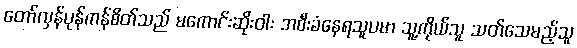
တော်လှန်ပုန်ကန်စိတ်သည် မကောင်းဆိုးဝါး အစီးခံနေရသူပမာ သူ့ကိုယ်သူ သတ်သေမည့်သူ